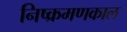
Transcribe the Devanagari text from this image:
निष्क्रमणकाल